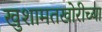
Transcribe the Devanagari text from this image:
खुशामतखोरीच्या